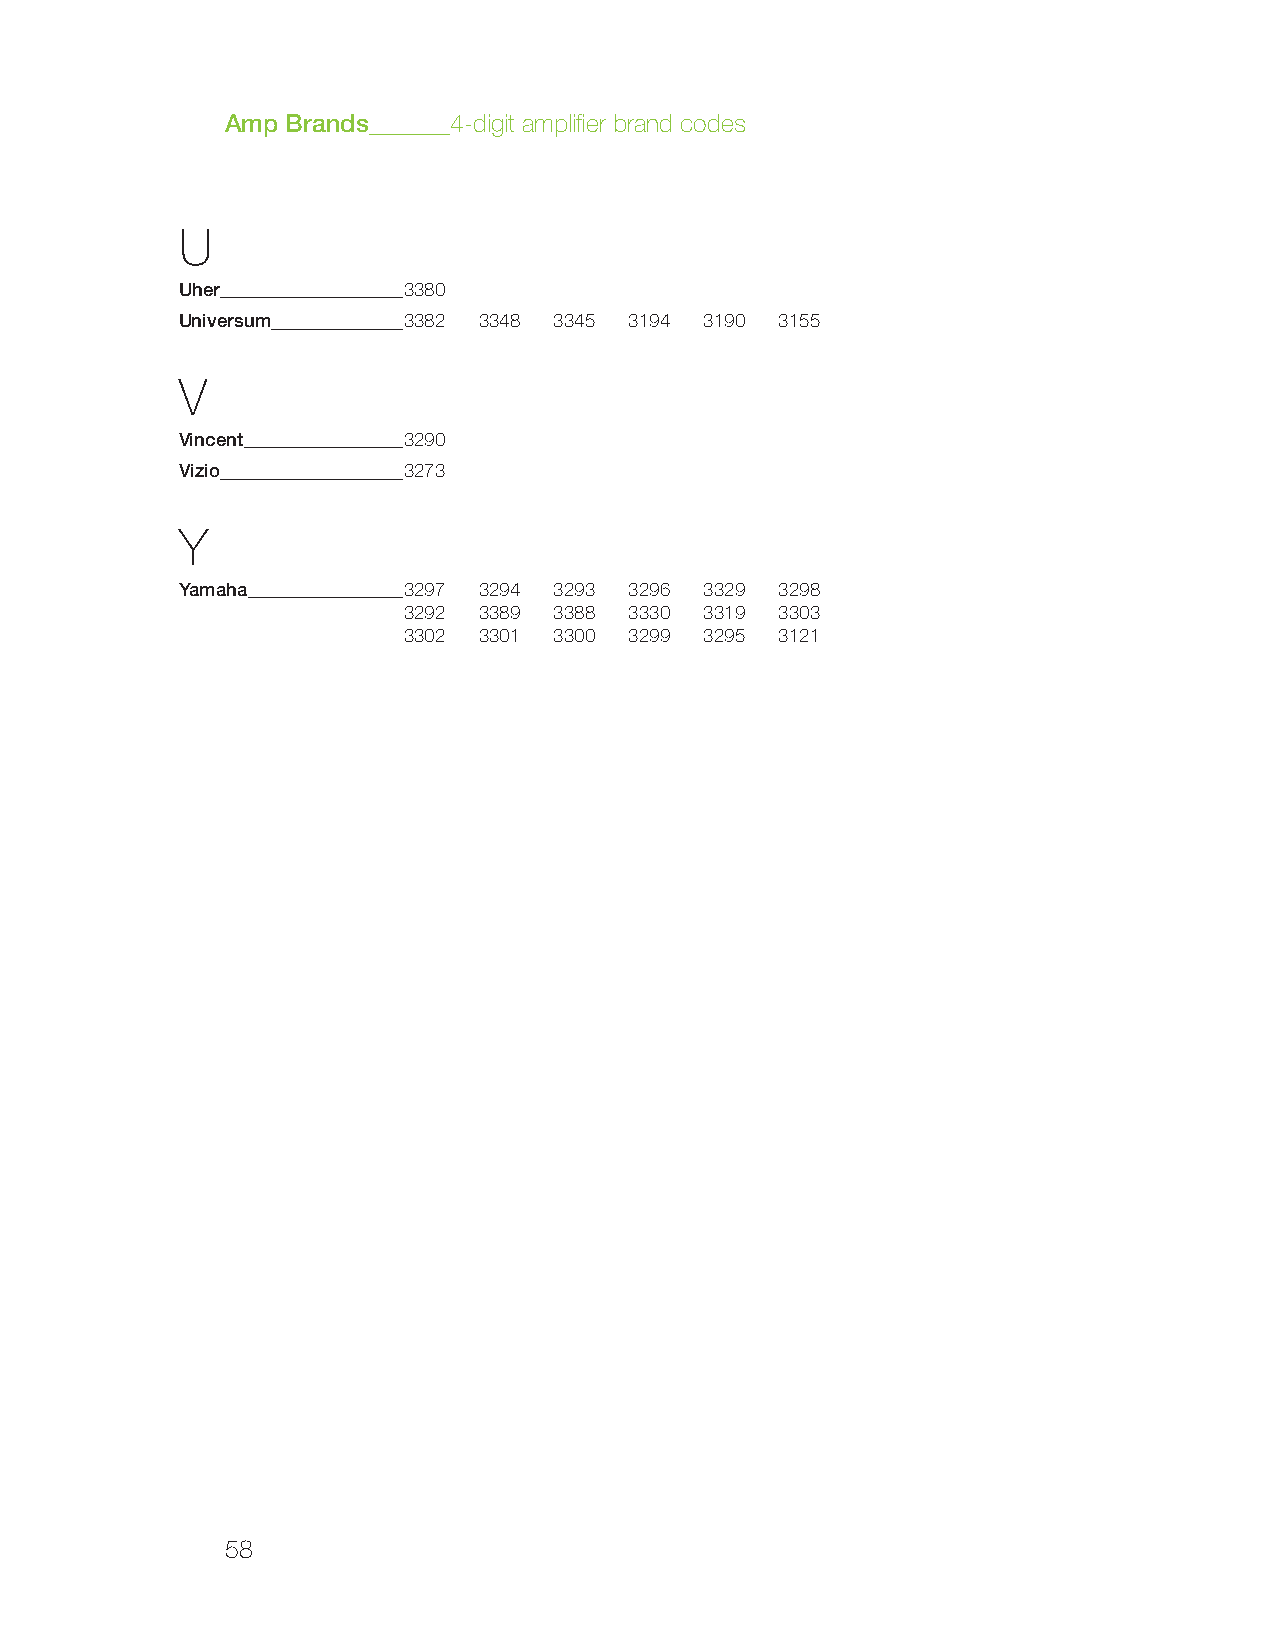
Amp Brands     4-digit amplifier brand codes
 U
 Uher           3380
 Universum      3382 3348 3345 3194 3190 3155
 V
 Vincent        3290
 Vizio          3273
 Y
 Yamaha         3297 3294 3293 3296 3329 3298
 3292 3389 3388 3330 3319 3303
 3302 3301 3300 3299 3295 3121
 58